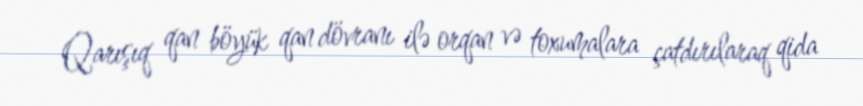
Qarışıq qan böyük qan dövranı ilə orqan və toxumalara çatdırılaraq qida